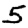
Digit: 5